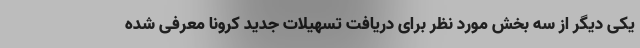
یکی دیگر از سه بخش مورد نظر برای دریافت تسهیلات جدید کرونا معرفی شده